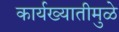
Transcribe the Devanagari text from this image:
कार्यख्यातीमुळे